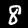
Label: 8